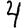
Digit: 4